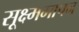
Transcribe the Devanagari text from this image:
सूक्ष्ममापन